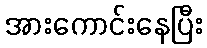
အားကောင်းနေပြီး